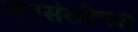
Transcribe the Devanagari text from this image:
जनसंख्येच्या